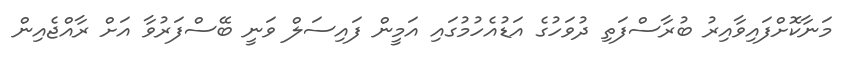
މަނާކޮށްފައިވާއިރު ބުރާސްފަތި ދުވަހުގެ އަޑުއެހުމުގައި އަމީން ފައިސަލް ވަނީ ބޭސްފަރުވާ އަށް ރާއްޖެއިން